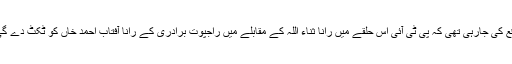
توقع کی جارہی تھی کہ پی ٹی آئی اس حلقے میں رانا ثناء اللہ کے مقابلے میں راجپوت برادری کے رانا آفتاب احمد خاں کو ٹکٹ دے گی ۔